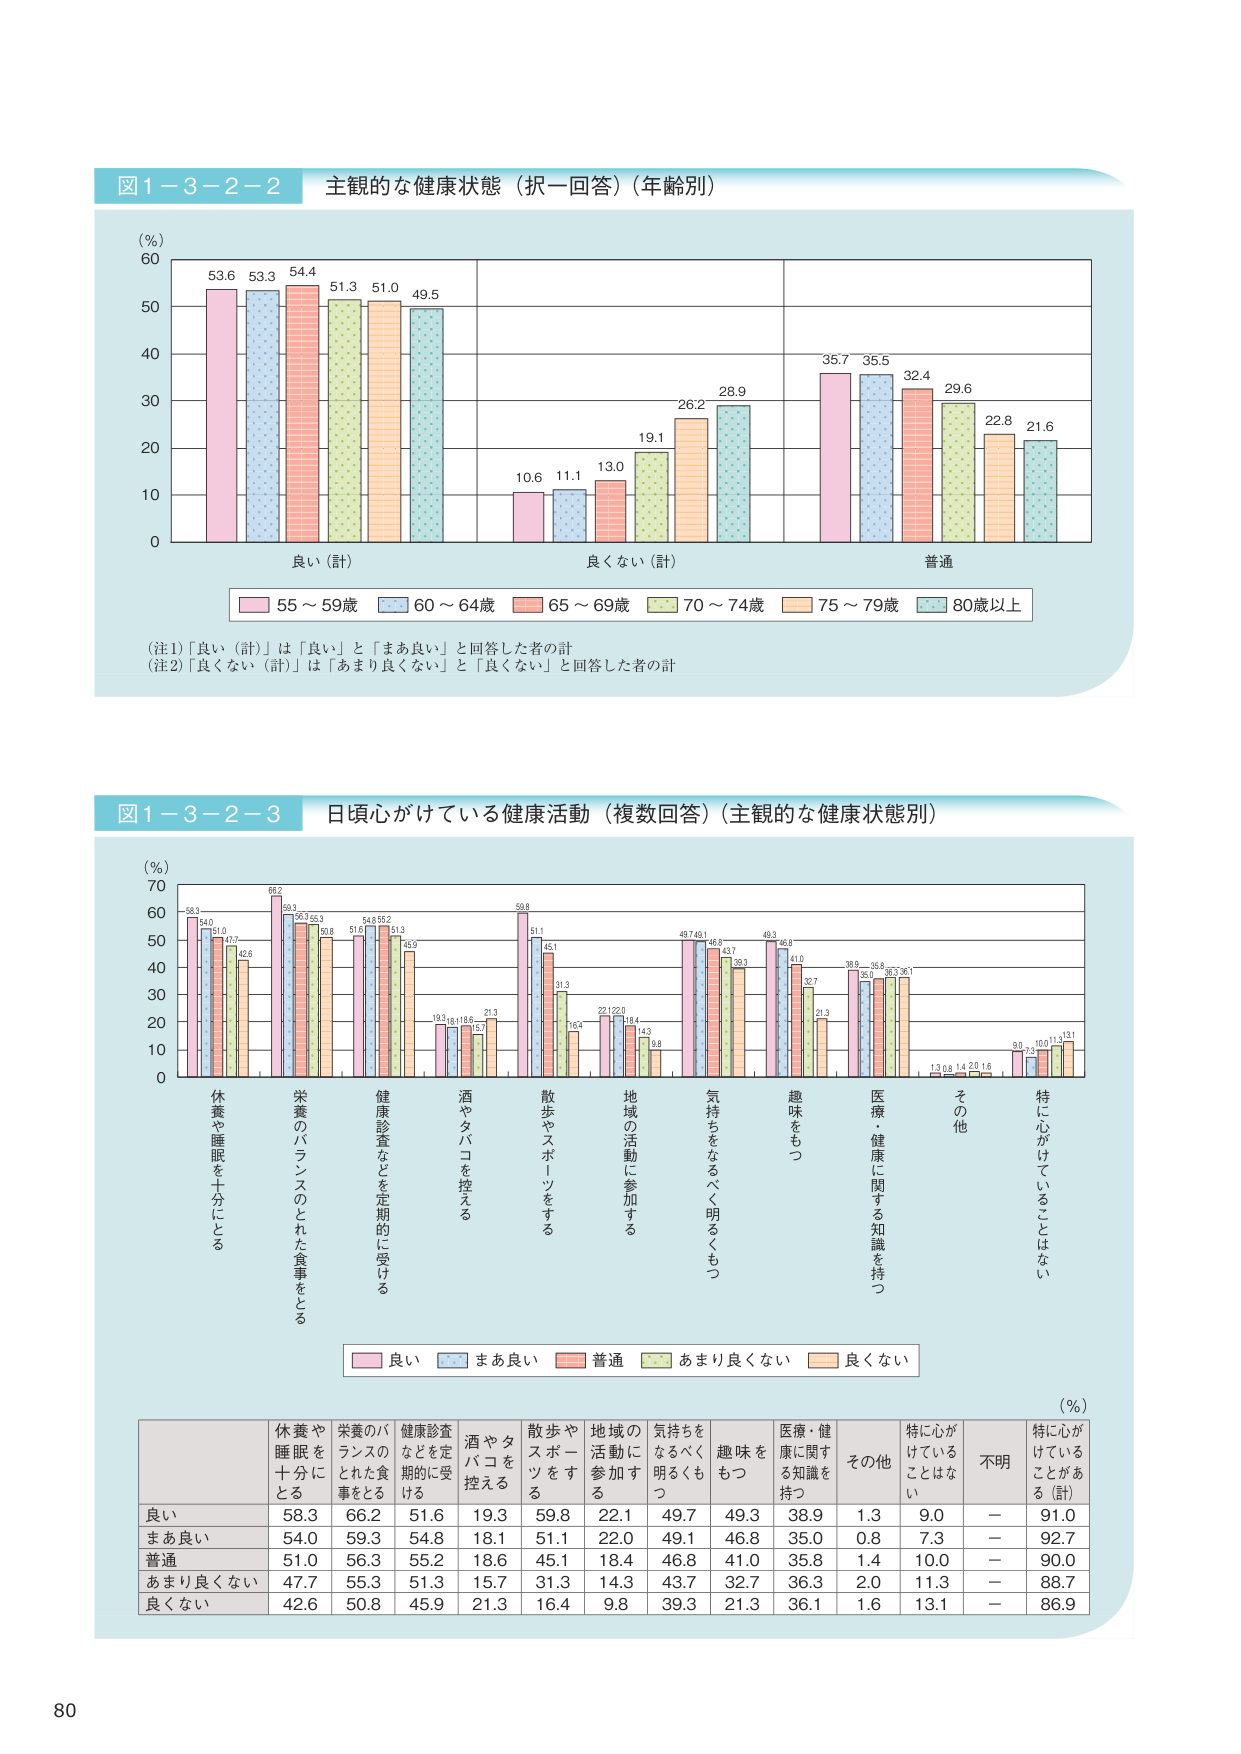
図1-3-2-2 主観的な健康状態（択一回答）（年齢別）

(％)
60
50
40
30
20
10
0

53.6 53.3 54.4 51.3 51.0 49.5

10.6 11.1 13.0 19.1 26.2 28.9

35.7 35.5 32.4 29.6 22.8 21.6

良い（計） 良くない（計） 普通

■ 55～59歳 ■ 60～64歳 ■ 65～69歳 ■ 70～74歳 ■ 75～79歳 ■ 80歳以上

（注1）「良い（計）」は「良い」と「まあ良い」と回答した者の計
（注2）「良くない（計）」は「あまり良くない」と「良くない」と回答した者の計

図1-3-2-3 日頃がけている健康活動（複数回答）（主観的な健康状態別）

(％)
70
60
50
40
30
20
10
0

58.3 54.0 51.0 47.7 42.6
66.2 59.3 56.3 55.3 50.8
51.6 54.8 55.2 51.3 45.9
19.3 18.1 18.6 15.7 21.3
59.8 51.1 45.1 31.3 16.4
22.1 22.0 18.4 14.3 9.8
49.7 49.1 46.0 43.7 39.3
49.3 46.8 41.0 32.7 21.3
38.9 35.0 36.8 36.3 36.1
1.3 0.8 1.4 2.0 1.6
9.0 7.3 10.0 11.3 13.1

休養や睡眠を十分にとる
栄養のバランスのとれた食事をとる
健康診査などを定期的に受ける
酒やタバコを控える
散歩やスポーツをする
地域の活動に参加する
気持ちをなるべく明るくもつ
趣味をもつ
医療・健康に関する知識を持つ
その他
特に心がけていることはない

■ 良い ■ まあ良い ■ 普通 ■ あまり良くない ■ 良くない

(％)

休養や睡眠を十分にとる 栄養のバランスのとれた食事をとる 健康診査などを定期的に受ける 酒やタバコを控える 散歩やスポーツをする 地域の活動に参加する 気持ちをなるべく明るくもつ 趣味をもつ 医療・健康に関する知識を持つ その他 特に心がけていることはない 不明 特に心がけていることがある（計）

良い 58.3 66.2 51.6 19.3 59.8 22.1 49.7 49.3 38.9 1.3 9.0 － 91.0
まあ良い 54.0 59.3 54.8 18.1 51.1 22.0 49.1 46.8 35.0 0.8 7.3 － 92.7
普通 51.0 56.3 55.2 18.6 45.1 18.4 46.8 41.0 35.8 1.4 10.0 － 90.0
あまり良くない 47.7 55.3 51.3 15.7 31.3 14.3 43.7 32.7 36.3 2.0 11.3 － 88.7
良くない 42.6 50.8 45.9 21.3 16.4 9.8 39.3 21.3 36.1 1.6 13.1 － 86.9

80